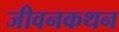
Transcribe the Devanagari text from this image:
जीवनकथन